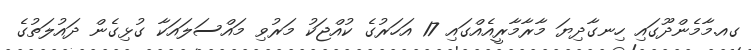
ގއ.މާމެންދޫގައި ހިނގާދިޔަ މާރާމާރީއެއްގައި 17 އަހަރުގެ ކުއްޖަކު މަރުވި މައްސަލައަކާ ގުޅިގެން ދައުލަތުގެ